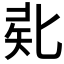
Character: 𠤜